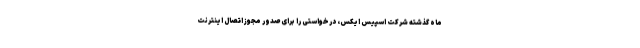
ماه گذشته شرکت اسپیس ایکس، درخواستی را برای صدور مجوز اتصال اینترنت